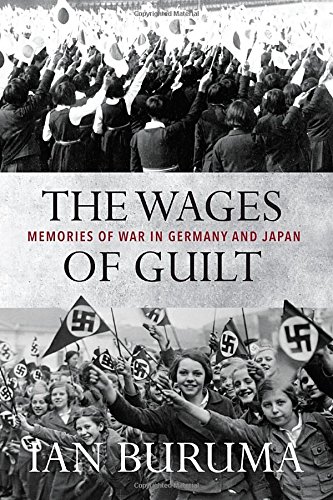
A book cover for The Wages of Guilt: Memories of War in Germany and Japan; Ian Buruma; History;